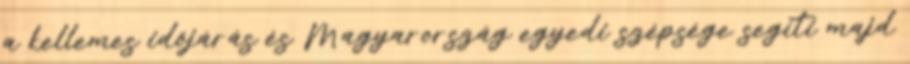
a kellemes időjárás és Magyarország egyedi szépsége segíti majd